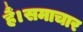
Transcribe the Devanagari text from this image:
हैं।समाचार